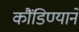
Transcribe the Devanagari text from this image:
कौंडिण्याने